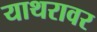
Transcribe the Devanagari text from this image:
याथरावर